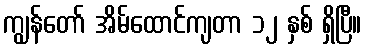
ကျွန်တော် အိမ်ထောင်ကျတာ ၁၂ နှစ် ရှိပြီ။